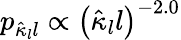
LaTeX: p_{\hat{\kappa}_{l}l}\propto\left(\hat{\kappa}_{l}l\right)^{-2.0}